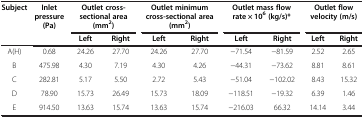
<table><thead><tr><td><b>Subject</b></td><td><b>Inlet pressure (Pa)</b></td><td colspan="2"><b>Outlet cross-sectional area (mm<sup>2</sup>)</b></td><td colspan="2"><b>Outlet minimum cross-sectional area (mm<sup>2</sup>)</b></td><td colspan="2"><b>Outlet mass flow rate × 10<sup>6 </sup>(kg/s)*</b></td><td colspan="2"><b>Outlet flow velocity (m/s)</b></td></tr><tr><td><b> </b></td><td><b> </b></td><td><b>Left</b></td><td><b>Right</b></td><td><b>Left</b></td><td><b>Right</b></td><td><b>Left</b></td><td><b>Right</b></td><td><b>Left</b></td><td><b>Right</b></td></tr></thead><tbody><tr><td>A(H)</td><td>0.68</td><td>24.26</td><td>27.70</td><td>24.26</td><td>27.70</td><td>−71.54</td><td>−81.59</td><td>2.52</td><td>2.65</td></tr><tr><td>B</td><td>475.98</td><td>4.30</td><td>7.19</td><td>4.30</td><td>4.26</td><td>−44.31</td><td>−73.62</td><td>8.81</td><td>8.61</td></tr><tr><td>C</td><td>282.81</td><td>5.17</td><td>5.50</td><td>2.72</td><td>5.43</td><td>−51.04</td><td>−102.02</td><td>8.43</td><td>15.32</td></tr><tr><td>D</td><td>78.90</td><td>15.73</td><td>26.49</td><td>15.73</td><td>18.09</td><td>−118.51</td><td>−19.32</td><td>6.39</td><td>1.46</td></tr><tr><td>E</td><td>914.50</td><td>13.63</td><td>15.74</td><td>13.63</td><td>15.74</td><td>−216.03</td><td>66.32</td><td>14.14</td><td>3.44</td></tr></tbody></table>